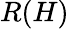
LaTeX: R(H)